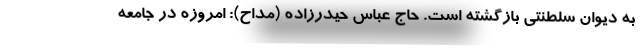
به دیوان سلطنتی بازگشته است. حاج عباس حیدرزاده (مداح): امروزه در جامعه